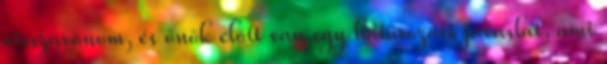
visszavonom, és önök előtt van egy határozati javaslat, ami